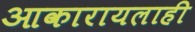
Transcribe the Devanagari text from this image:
आकारायलाही